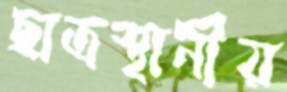
ছাত্রস্থানীয়